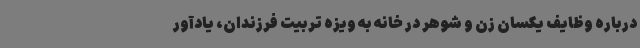
درباره وظایف یکسان زن و شوهر در خانه به ویزه تربیت فرزندان، یادآور